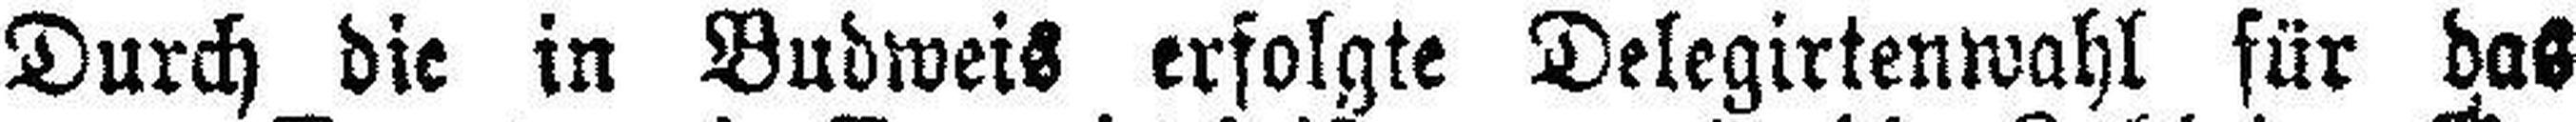
Durch die in Budweis erfolgte Delegirtenwahl für das